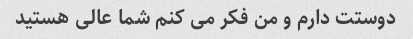
دوستت دارم و من فکر می کنم شما عالی هستید